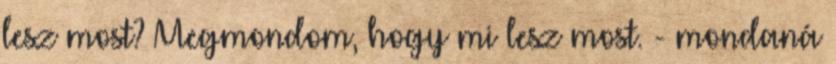
lesz most? Megmondom, hogy mi lesz most. - mondaná